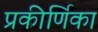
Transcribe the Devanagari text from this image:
प्रकीर्णिका